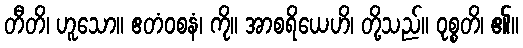
တီတိ၊ ဟူသော။ ဧတံဝစနံ၊ ကို။ အာစရိယေဟိ၊ တို့သည်။ ဝုစ္စတိ၊ ၏။